Annual administration report of the Civil Veterinary Department, Sind - 1943-1944
Year: 1943
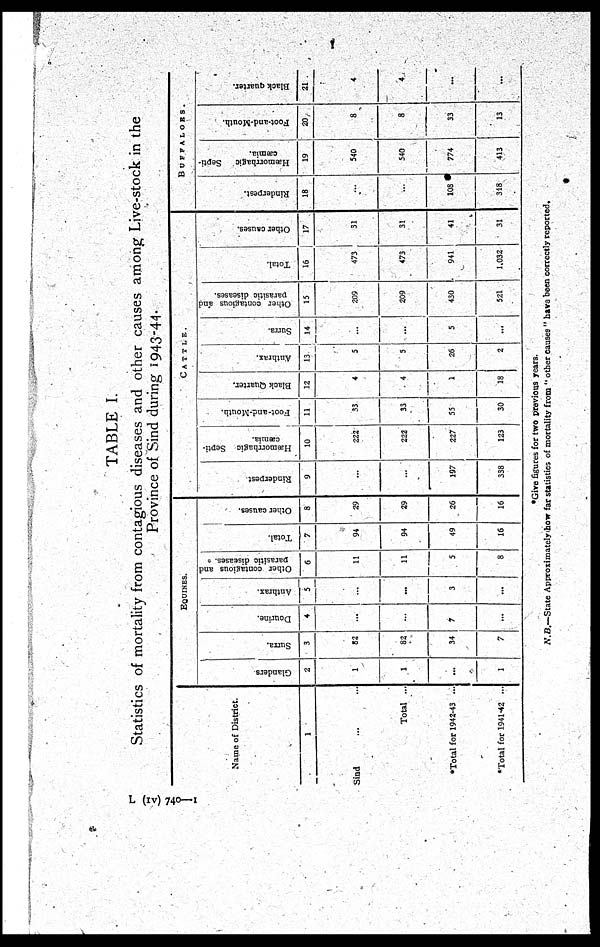
TABLE I.
Statistics of mortality from contagious diseases and other causes among Live-stock in the
Province of Sind during 1943-44.
Name of District.
1
Sind ... ...
Total ...
*Total for 1942-43 ...
*Total for 1941-42 ...
EQUINES.
Glanders
2
1
1
...
1
Surra.
3
82
82
34
7
Douvine.
4
...
...
7
...
Anthrax.
5
...
...
3
...
Other contagious and
parasitic diastases.
6
11
11
5
8
Total.
7
94
94
49
16
Other causes.
8
29
29
26
16
CATTLE.
Rinderpest
9
...
...
197
338
Hæmorrhagic Septi-
cæmia.
10
222
222
227
123
Foot-and-Mouth.
11
33
33
55
30
Black Quarter.
12
4
4
1
18
Anthrax.
13
5
5
26
2
Surra.
14
...
...
5
...
Other contagious and
parasitic diseases.
15
209
209
430
521
Total.
16
473
473
941
1,032
Other causes.
17
31
31
41
31
BUFFALOES.
Rinderpest.
18
...
...
108
318
Hæmorrhagic
Septi-
caemia.
19
540
540
774
413
Foot-and-Mouth.
20
8
8
33
13
Black quarter.
21
4
4
...
...
*Give figures for two previous years.
N.B.—State Approximately how far statistics of mortality from "other causes" have been correctly reported.
L (IV) 740—1